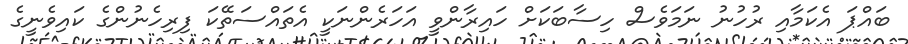
ބައްޕަ އެކަމާއި ރުހުނު ނަމަވެސް ހިސާބަކަށް ހައިރާންވީ އަހަރެންނަކީ އެތައްސަތޭކަ ފިރިހެނުންގެ ކައިވެނީގެ